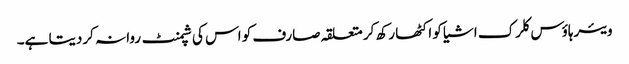
ویئرہاؤس کلرک اشیا کو اکٹھا رکھ کر متعلقہ صارف کو اس کی شپمنٹ روانہ کردیتا ہے۔